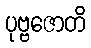
ပုဗ္ဗဇောတိ